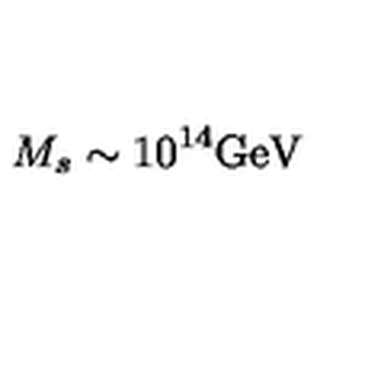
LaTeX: M _ { s } \sim 1 0 ^ { 1 4 } \mathrm { G e V }